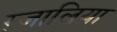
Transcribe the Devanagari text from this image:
ग़्जालिया